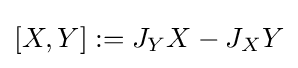
[X,Y]:=J_{Y}X-J_{X}Y